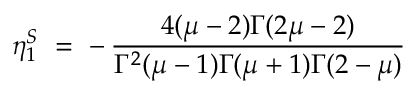
\eta _ { 1 } ^ { S } ~ = ~ - \, \frac { 4 ( \mu - 2 ) \Gamma ( 2 \mu - 2 ) } { \Gamma ^ { 2 } ( \mu - 1 ) \Gamma ( \mu + 1 ) \Gamma ( 2 - \mu ) }